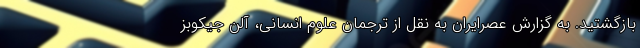
بازگشتید. به گزارش عصرایران به نقل از ترجمان علوم انسانی، آلن جیکوبز